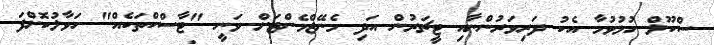
ސްކޫލް ހުޅުވުމާ އެކު ދަރިވަރުންނާއި ޓީޗަރުން އަދި މެނޭޖްމެންޓަށް ވަނީ "ޓާސްކްތަކެއް" ހަވާލުކޮށްފަ